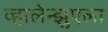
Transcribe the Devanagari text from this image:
व्हालेन्झुएला